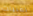
لفتيات